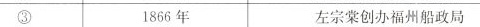
③ 1866年 左宗棠创办福州船政局